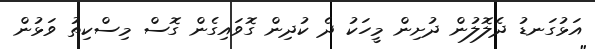
އަޅުގަނޑު ދެލޮލުން ދުށިން މީހަކު ދެ ކުދިން ގޮވައިގެން ގޮސް މިސްކިތު ވަޅުން